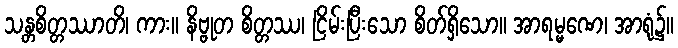
သန္တစိတ္တဿာတိ၊ ကား။ နိဗ္ဗုတ စိတ္တဿ၊ ငြိမ်းပြီးသော စိတ်ရှိသော။ အာရမ္မဏေ၊ အာရုံ၌။